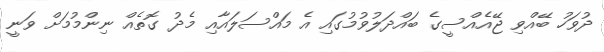
ދުވަހު ބޭއްވި ޖޭއެއްސީގެ ބައްދަލުވުމުގައި އެ މައްސަލައާއި މެދު ގޮތެއް ނިންމުމަށް ވަނީ